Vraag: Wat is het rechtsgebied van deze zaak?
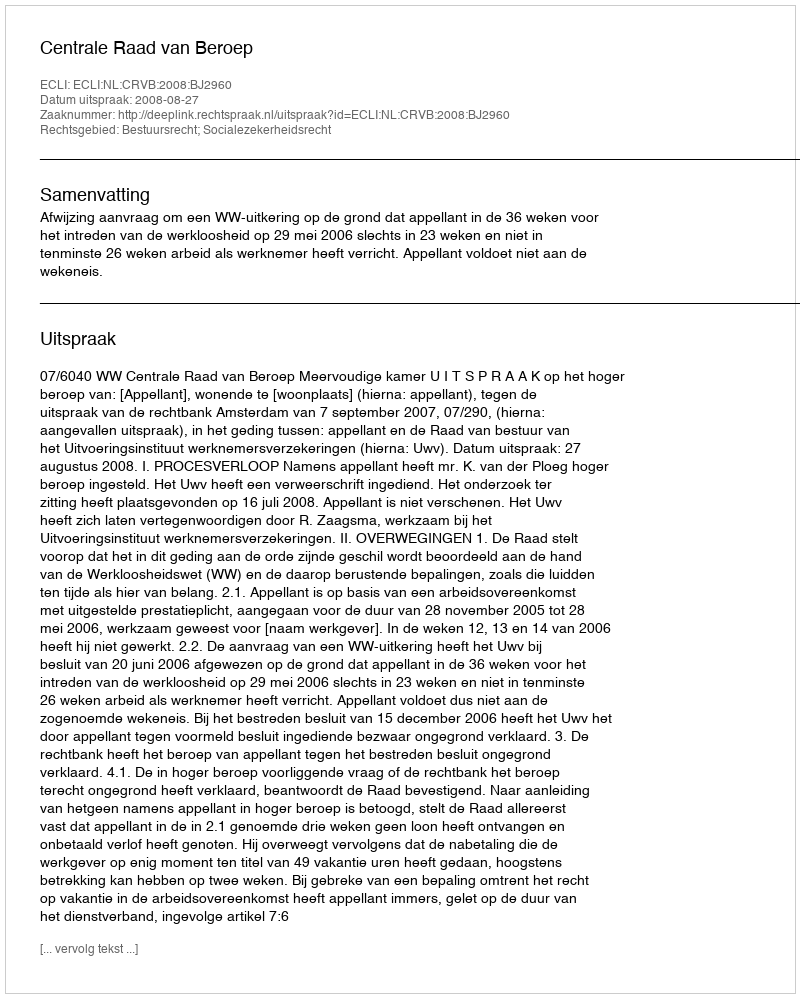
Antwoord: Bestuursrecht; Socialezekerheidsrecht